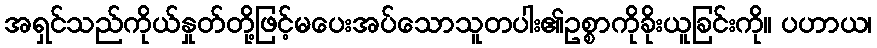
အရှင်သည်ကိုယ်နှုတ်တို့ဖြင့်မပေးအပ်သောသူတပါး၏ဥစ္စာကိုခိုးယူခြင်းကို။ ပဟာယ၊